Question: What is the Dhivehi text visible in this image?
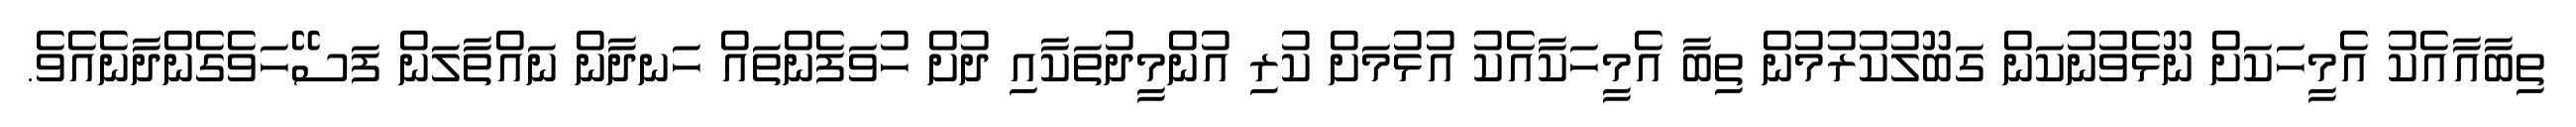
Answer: ތިބާއާއެކު އެމީހަކަށް ނޫޅެވުނުކަން ގަބޫލުކުރުމުން ތިބާ އެމީހަކާއެކު އުޅުމަށް ކުރި އުންމީދުތަކާއި ދުށް ހުވަފެންތައް ހަނދާން ނައްތާލަން ފަސޭހަވެގެންދާނެއެވެ.